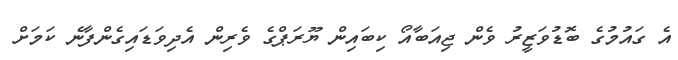
އެ ގައުމުގެ ބޮޑުވަޒީރު ވެން ޖިއަބާއޯ ކިބައިން ޔޫރަޕްގެ ވެރިން އެދިވަޑައިގެންފާނެ ކަމަށް